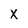
Character: x